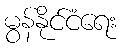
မွန်နိုင်ငံရေး